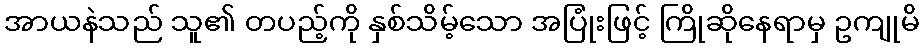
အာယနဲသည် သူ၏ တပည့်ကို နှစ်သိမ့်သော အပြုံးဖြင့် ကြိုဆိုနေရာမှ ဥကျုမိ